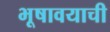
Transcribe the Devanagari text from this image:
भूषावयाची